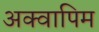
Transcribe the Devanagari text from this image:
अक्वापिम